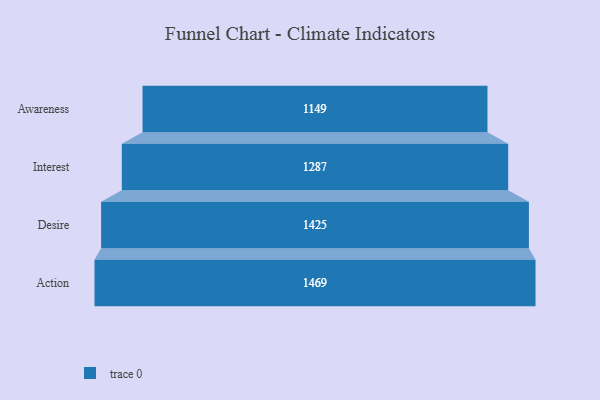
{"axis": {"x": "Stage", "y": "Value"}, "legend": [""], "data": [{"x": "Awareness", "y": 1149.0, "type": ""}, {"x": "Interest", "y": 1287.0, "type": ""}, {"x": "Desire", "y": 1425.0, "type": ""}, {"x": "Action", "y": 1469.0, "type": ""}]}